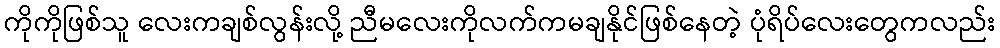
ကိုကိုဖြစ်သူ လေးကချစ်လွန်းလို့ ညီမလေးကိုလက်ကမချနိုင်ဖြစ်နေတဲ့ ပုံရိပ်လေးတွေကလည်း